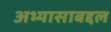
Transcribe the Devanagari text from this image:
अभ्यासाबद्दल